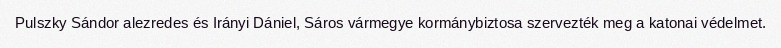
Pulszky Sándor alezredes és Irányi Dániel, Sáros vármegye kormánybiztosa szervezték meg a katonai védelmet.